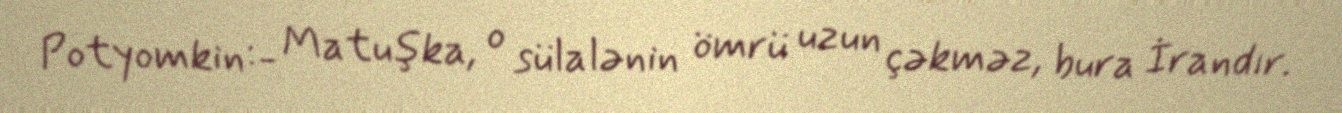
Potyomkin:- Matuşka, o sülalənin ömrü uzun çəkməz, bura İrandır.